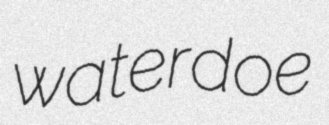
waterdoe